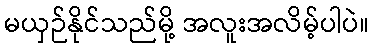
မယှဉ်နိုင်သည်မို့ အလူးအလိမ့်ပါပဲ။